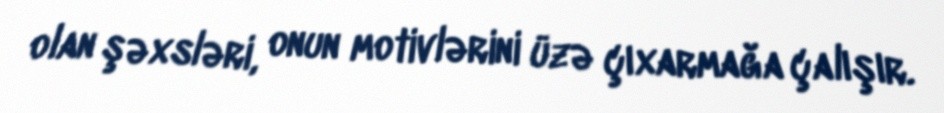
olan şəxsləri, onun motivlərini üzə çıxarmağa çalışır.